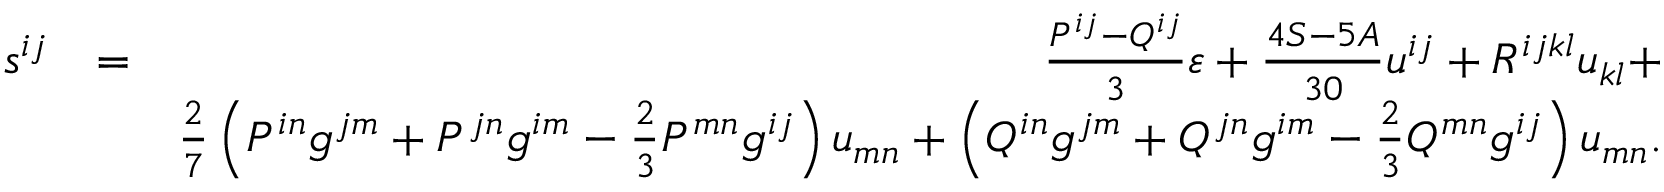
\begin{array} { r l r } { s ^ { i j } } & { = } & { \frac { P ^ { i j } - Q ^ { i j } } 3 \varepsilon + \frac { 4 S - 5 A } { 3 0 } u ^ { i j } + R ^ { i j k l } u _ { k l } + } \\ & { } & { \frac 2 7 \left( P ^ { i n } g ^ { j m } + P ^ { j n } g ^ { i m } - \frac 2 3 P ^ { m n } g ^ { i j } \right) u _ { m n } + \left( Q ^ { i n } g ^ { j m } + Q ^ { j n } g ^ { i m } - \frac 2 3 Q ^ { m n } g ^ { i j } \right) u _ { m n } . } \end{array}